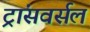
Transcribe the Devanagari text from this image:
ट्रांसवर्सल